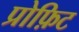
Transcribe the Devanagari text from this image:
प्रोफ़िट